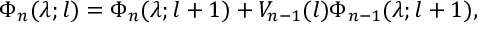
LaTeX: \Phi _ { n } ( \lambda ; l ) = \Phi _ { n } ( \lambda ; l + 1 ) + V _ { n - 1 } ( l ) \Phi _ { n - 1 } ( \lambda ; l + 1 ) ,